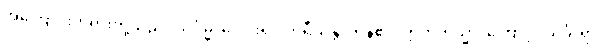
အကြောင်းတရားတို့သည်။ သင်္ဂမ္မ၊ ပေါင်း၍။ ကရီယန္တိ၊ ကုန်၏။ ဣတိတသ္မာ၊ ကြောင့်။ သင်္ခါရာ၊